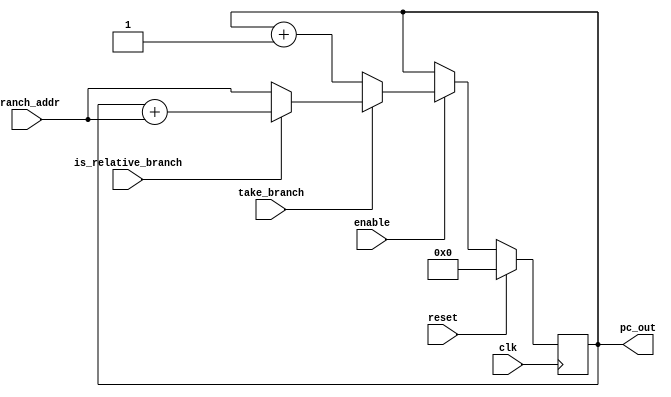
module pc_cntrl
(
  input wire clk,
  input wire reset,
  input wire enable,
  input wire take_branch,
  input wire is_relative_branch,
  input wire [31:0] branch_addr,
  output wire [31:0] pc_out
);

reg [31:0] pc;
assign pc_out = pc;

initial begin
  pc = 0;
end

always @(posedge clk) begin
  if (reset)
    pc <= 0;
  else if (!enable)
    pc <= pc;
  else if (take_branch)
    pc <= !is_relative_branch ? branch_addr : pc + branch_addr;
  else
    pc <= pc + 1;
end

endmodule